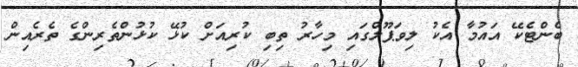
ބެންޓެކޭ އައުމާ އެކު ލިވަޕޫލްގައި މިހާރު ތިބި ކުރިއަށް ކުޅޭ ކުޅުންތެރިންގެ ތެރެއިން